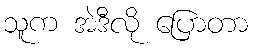
သူက အဲဒီလို ပြောတာ